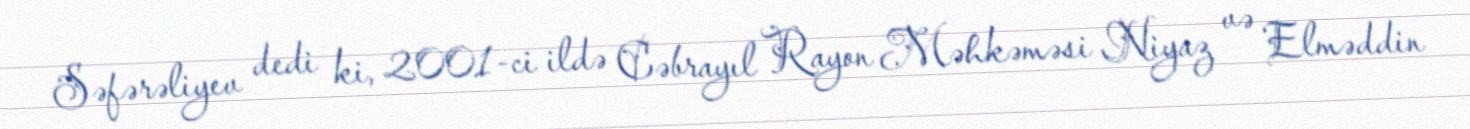
Səfərəliyev dedi ki, 2001-ci ildə Cəbrayıl Rayon Məhkəməsi Niyaz və Elməddin